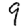
Digit: 9